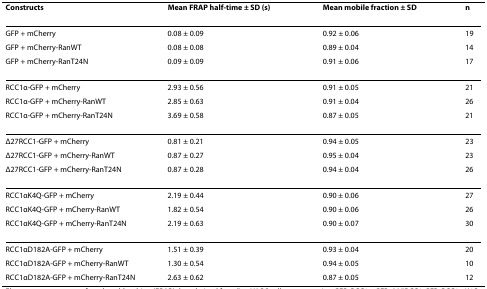
<table><thead><tr><td><b>Constructs</b></td><td><b>Mean FRAP half-time ± SD (s)</b></td><td><b>Mean mobile fraction ± SD</b></td><td><b>n</b></td></tr></thead><tbody><tr><td>GFP + mCherry</td><td>0.08 ± 0.09</td><td>0.92 ± 0.06</td><td>19</td></tr><tr><td>GFP + mCherry-RanWT</td><td>0.08 ± 0.08</td><td>0.89 ± 0.04</td><td>14</td></tr><tr><td>GFP + mCherry-RanT24N</td><td>0.09 ± 0.09</td><td>0.91 ± 0.06</td><td>17</td></tr><tr><td>RCC1α-GFP + mCherry</td><td>2.93 ± 0.56</td><td>0.91 ± 0.05</td><td>21</td></tr><tr><td>RCC1α-GFP + mCherry-RanWT</td><td>2.85 ± 0.63</td><td>0.91 ± 0.04</td><td>26</td></tr><tr><td>RCC1α-GFP + mCherry-RanT24N</td><td>3.69 ± 0.58</td><td>0.87 ± 0.05</td><td>21</td></tr><tr><td>Δ27RCC1-GFP + mCherry</td><td>0.81 ± 0.21</td><td>0.94 ± 0.05</td><td>23</td></tr><tr><td>Δ27RCC1-GFP + mCherry-RanWT</td><td>0.87 ± 0.27</td><td>0.95 ± 0.04</td><td>23</td></tr><tr><td>Δ27RCC1-GFP + mCherry-RanT24N</td><td>0.87 ± 0.28</td><td>0.94 ± 0.04</td><td>26</td></tr><tr><td>RCC1αK4Q-GFP + mCherry</td><td>2.19 ± 0.44</td><td>0.90 ± 0.06</td><td>27</td></tr><tr><td>RCC1αK4Q-GFP + mCherry-RanWT</td><td>1.82 ± 0.54</td><td>0.90 ± 0.06</td><td>26</td></tr><tr><td>RCC1αK4Q-GFP + mCherry-RanT24N</td><td>2.19 ± 0.63</td><td>0.90 ± 0.07</td><td>30</td></tr><tr><td>RCC1αD182A-GFP + mCherry</td><td>1.51 ± 0.39</td><td>0.93 ± 0.04</td><td>20</td></tr><tr><td>RCC1αD182A-GFP + mCherry-RanWT</td><td>1.30 ± 0.54</td><td>0.94 ± 0.05</td><td>10</td></tr><tr><td>RCC1αD182A-GFP + mCherry-RanT24N</td><td>2.63 ± 0.62</td><td>0.87 ± 0.05</td><td>12</td></tr></tbody></table>